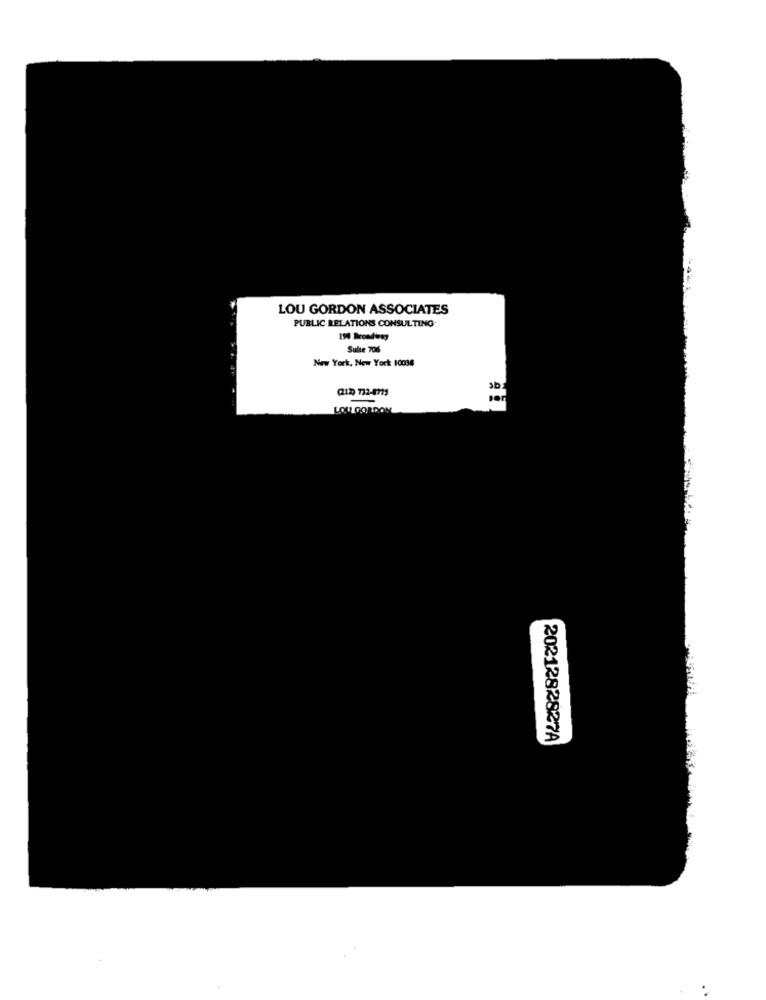
LOU GORDON ASSOCIATES
PUBLIC RELATIONS CONSULTING.
194 Broadway
Sulle 706
New York, New York 10038
QID 732-4715
per
LOU GORDON
2021282827A